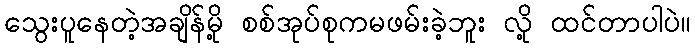
သွေးပူနေတဲ့အချိန်မို့ စစ်အုပ်စုကမဖမ်းခဲ့ဘူး လို့ ထင်တာပါပဲ။